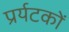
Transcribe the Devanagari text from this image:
प्रर्यटकों